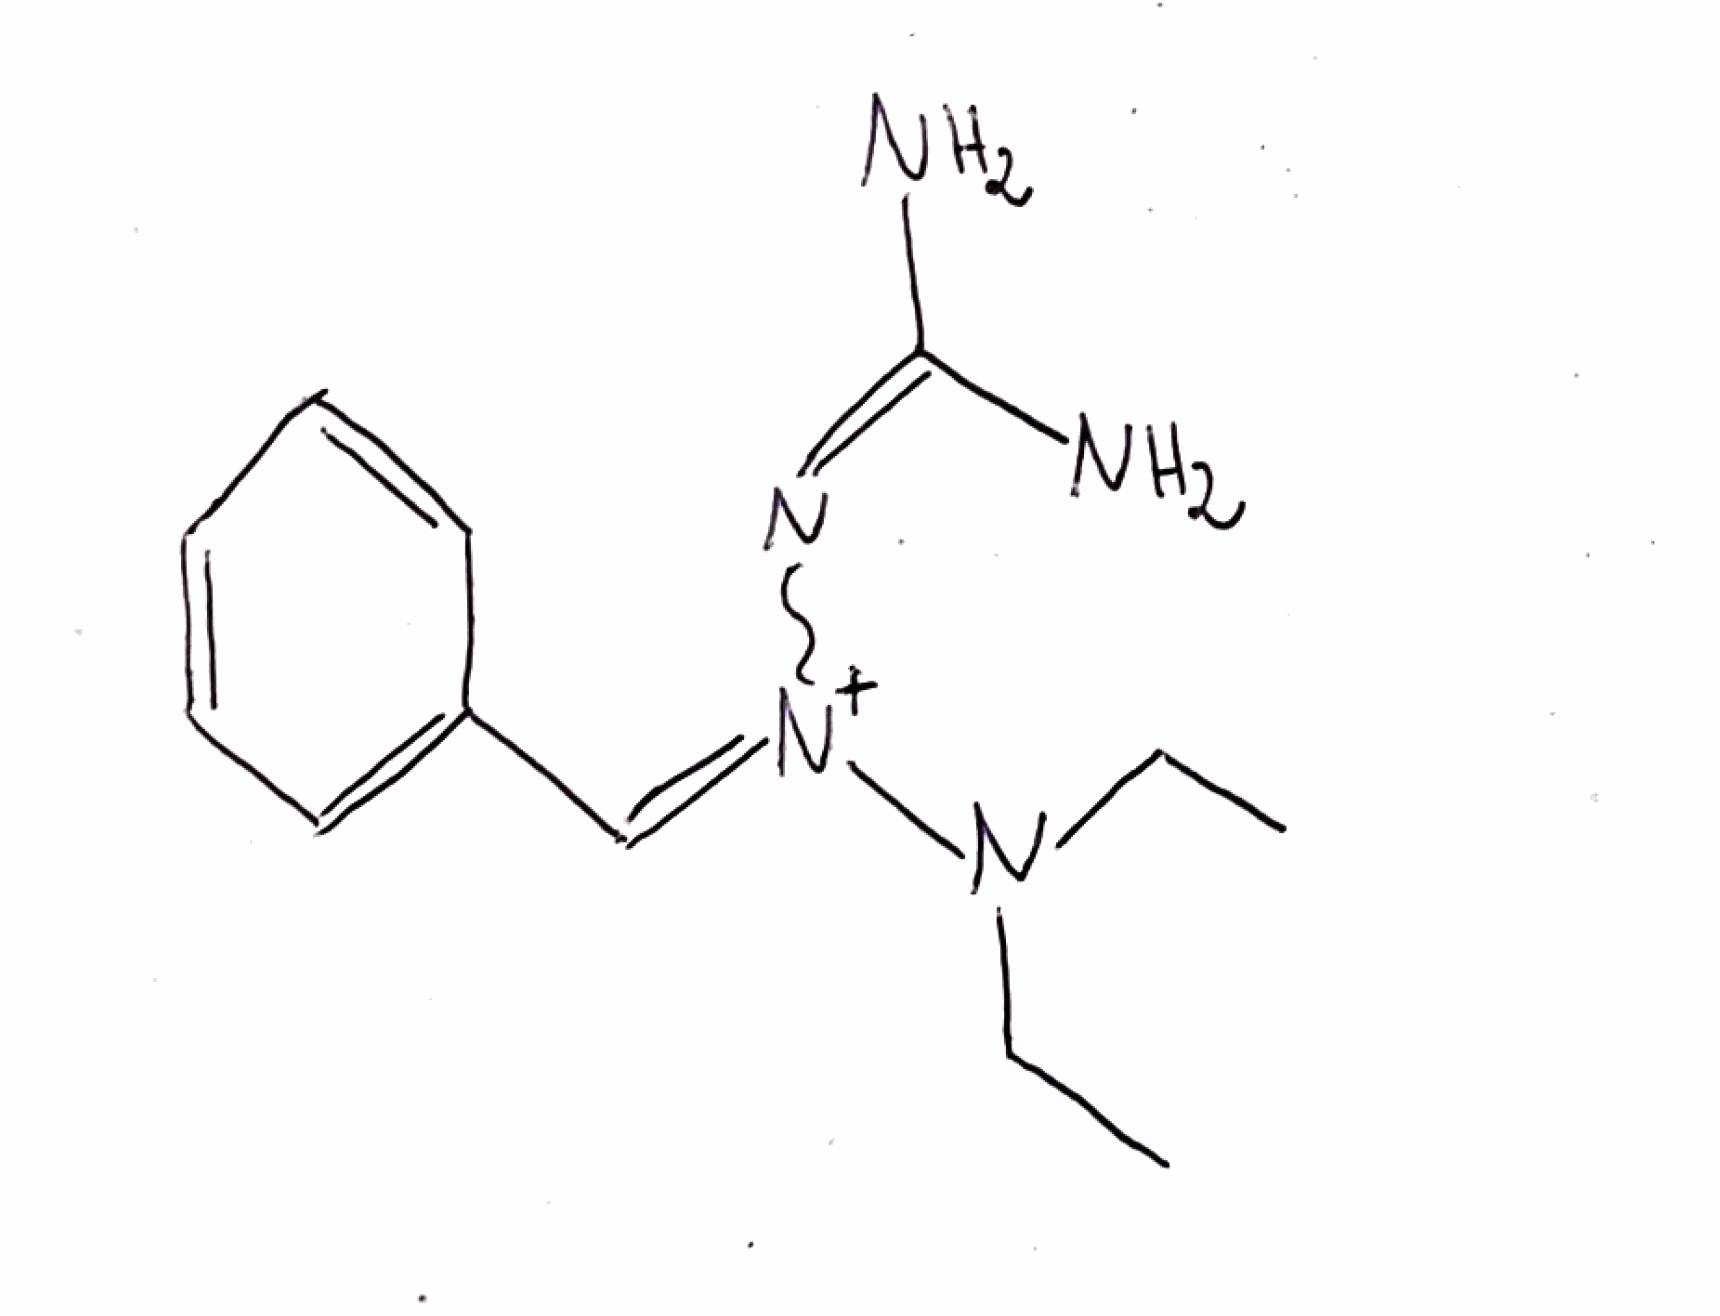
Simplified molecular-input line-entry system (SMILES) notation of the given molecule:
CCN(CC)[N+](=CC1=CC=CC=C1)N=C(N)N